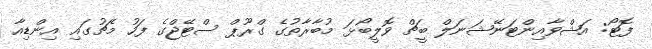
ފޮޓޯ: އަޝްވާއިންޓަނޭޝަނަލް ބީޗް ވޮލީބޯޅަ މުބާރާތުގެ ގްރޫޕް ސްޓޭޖްގެ ފަހު މެޗުގައި އިންޑިއާ